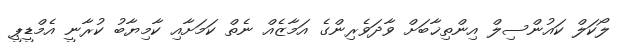
ލޯކަލް ކައުންސިލް އިންތިޚާބަށް ވާދަވެރިންގެ އަމާޒެއް ނެތް ކަމަށާއި ކާމިޔާބު ކުރާނީ އެމްޑީޕީ